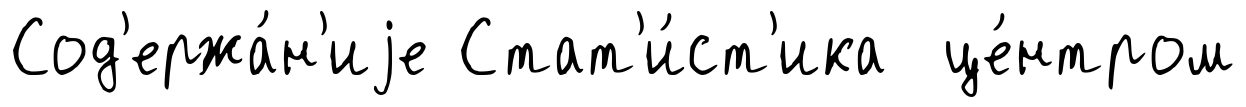
Сод'ержа́н'иjе Стат'и́ст'ика це́нтром